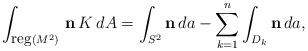
LaTeX: \begin{align*}\int_{{\mbox{\small{reg}}} (M^2)}\, {\bf n}\, K\, dA = \int_{S^2} {\bf n}\, da - \sum_{k=1}^{n} \int_{D_k} {\bf n}\, da,\end{align*}